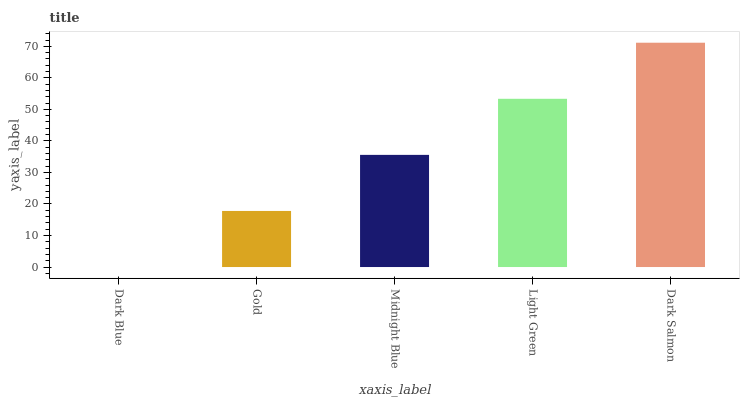
| xaxis_label | bars |
 | --- | --- |
 | Dark Blue | 0 |
 | Gold | 17.8 |
 | Midnight Blue | 35.6 |
 | Light Green | 53.4 |
 | Dark Salmon | 71.1 |